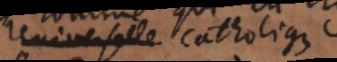
Universelle catholiques